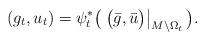
LaTeX: \begin{align*} (g_t, u_t) = \psi_t^* \big( \left.\big(\bar g, \bar u\big)\right|_{M\setminus \Omega_t}\big). \end{align*}